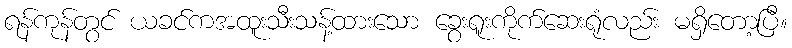
ရန်ကုန်တွင် ယခင်ကအထူးသီးသန့်ထားသော ခွေးရူးကိုက်ဆေးရုံလည်း မရှိတော့ပြီ။